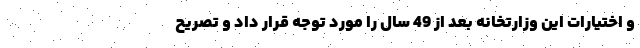
و اختیارات این وزارتخانه بعد از 49 سال را مورد توجه قرار داد و تصریح